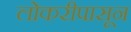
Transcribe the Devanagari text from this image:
लोकरीपासून